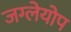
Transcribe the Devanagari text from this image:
जग्लेयोप